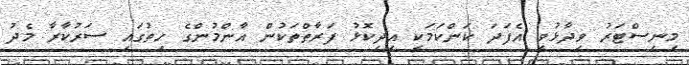
މިނިސްޓަރު ވިދާޅުވީ އެފަދަ ކަންކަމަކީ އިދިކޮޅު ފަރާތްތަކުން އާންމުންގެ ހިތުގައި ސަރުކާރާ މެދު